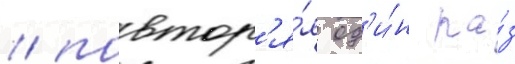
/ повтор'я́я од'и́н ра́з